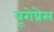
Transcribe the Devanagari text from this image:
यूरोप्रेस